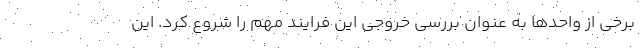
برخی از واحد‌ها به عنوان بررسی خروجی این فرایند مهم را شروع کرد. این